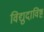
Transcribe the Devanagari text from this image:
विद्युदाविष्ट